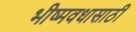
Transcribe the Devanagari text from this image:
भीष्मवधासाठी